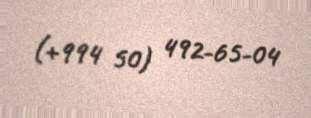
(+994 50) 492-65-04